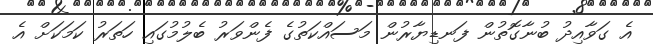
އެ ގަވާއިދު ބުނާގޮތުން ފަނޑިޔާރުން މަސައްކަތުގެ ފެންވަރު ބެލުމުގައި ހަތަރު ކަމަކަށް އެ